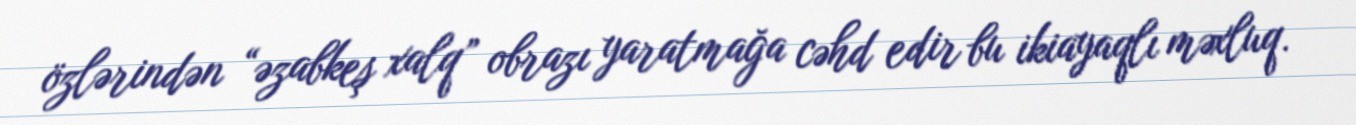
özlərindən “əzabkeş xalq” obrazı yaratmağa cəhd edir bu ikiayaqlı məxluq.